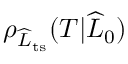
\rho _ { \widehat { L } _ { \mathrm { t s } } } ( T | \widehat { L } _ { 0 } )